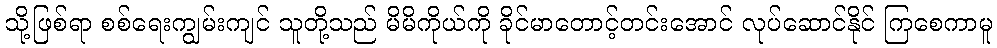
သို့ဖြစ်ရာ စစ်ရေးကျွမ်းကျင် သူတို့သည် မိမိကိုယ်ကို ခိုင်မာတောင့်တင်းအောင် လုပ်ဆောင်နိုင် ကြစေကာမူ